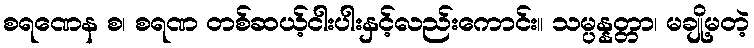
စရဏေန စ၊ စရဏ တစ်ဆယ့်ငါးပါးနှင့်လည်းကောင်း။ သမ္ပန္နတ္တာ၊ မချို့မတဲ့